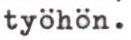
työhön.